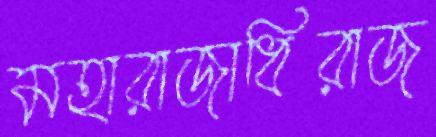
মহারাজাধিরাজ